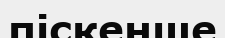
піскенше